Indian journal of veterinary science and animal husbandry - Volumes 24-25, 1954-1955
Year: 1954
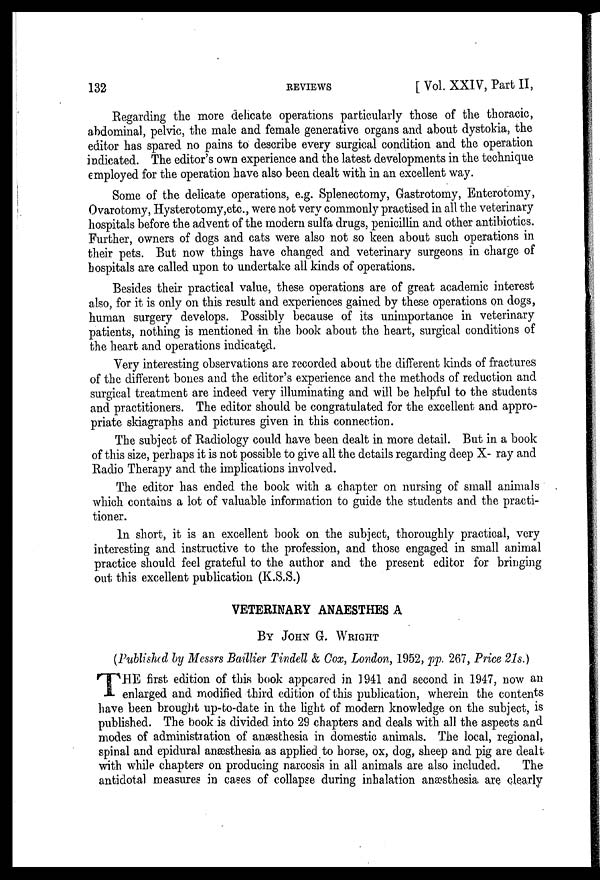
132
REVIEWS
[Vol. XXIV, Part II,
Regarding the more delicate operations particularly those of the thoracic,
abdominal, pelvic, the male and female generative organs and about dystokia, the
editor has spared no pains to describe every surgical condition and the operation
indicated. The editor's own experience and the latest developments in the technique
employed for the operation have also been dealt with in an excellent way.
Some of the delicate operations, e.g. Splenectomy, Gastrotomy, Enterotomy,
Ovarotomy, Hysterotomy,etc., were not very commonly practised in all the veterinary
hospitals before the advent of the modern sulfa drugs, penicillin and other antibiotics.
Further, owners of dogs and cats were also not so keen about such operations in
their pets. But now things have changed and veterinary surgeons in charge of
hospitals are called upon to undertake all kinds of operations.
Besides their practical value, these operations are of great academic interest
also, for it is only on this result and experiences gained by these operations on dogs,
human surgery develops. Possibly because of its unimportance in veterinary
patients, nothing is mentioned in the book about the heart, surgical conditions of
the heart and operations indicated.
Very interesting observations are recorded about the different kinds of fractures
of the different bones and the editor's experience and the methods of reduction and
surgical treatment are indeed very illuminating and will be helpful to the students
and practitioners. The editor should be congratulated for the excellent and appro-
priate skiagraphs and pictures given in this connection.
The subject of Radiology could have been dealt in more detail. But in a book
of this size, perhaps it is not possible to give all the details regarding deep X- ray and
Radio Therapy and the implications involved.
The editor has ended the book with a chapter on nursing of small animals
which contains a lot of valuable information to guide the students and the practi-
tioner.
In short, it is an excellent book on the subject, thoroughly practical, very
interesting and instructive to the profession, and those engaged in small animal
practice should feel grateful to the author and the present editor for bringing
out this excellent publication (K.S.S.)
VETERINARY ANAESTHES A
BY JOHN G. WRIGHT
(Published by Messrs Baillier Tindell & Cox, London, 1952, pp. 267, Price 21s.)
T HE first edition of this book appeared in 1941 and second in 1947, now an
enlarged and modified third edition of this publication, wherein the contents
have been brought up-to-date in the light of modern knowledge on the subject, is
published. The book is divided into 29 chapters and deals with all the aspects and
modes of administration of anæsthesia in domestic animals. The local, regional,
spinal and epidural anæsthesia as applied to horse, ox, dog, sheep and pig are dealt
with while chapters on producing narcosis in all animals are also included.
The
antidotal measures in cases of collapse during inhalation anæsthesia are clearly